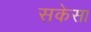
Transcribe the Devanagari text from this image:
सकेसा